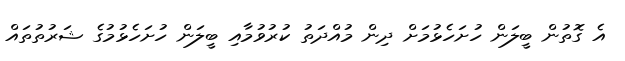
އެ ގޮތުން ބީލަން ހުށަހެޅުމަށް ދިން މުއްދަތު ކުރުވުމާއި ބީލަން ހުށަހެޅުމުގެ ޝަރުތުތައް